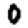
Digit: 0